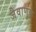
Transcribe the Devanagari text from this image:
जैवाणुक